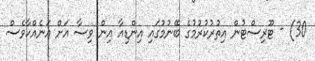
30) - ޓޫރިސްޓުން އިތުރުކުރުމުގެ ބޭނުމުގައި އިންޑިއާ އިން ވިސާ އަށް އަނެއްކާވެސް